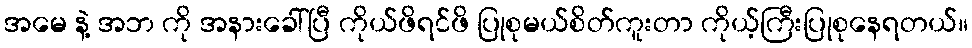
အမေ နဲ့ အဘ ကို အနားခေါ်ပြီ ကိုယ်ဖိရင်ဖိ ပြုစုမယ်စိတ်ကူးတာ ကိုယ့်ကြီးပြုစုနေရတယ်။